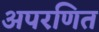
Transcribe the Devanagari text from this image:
अपरणित